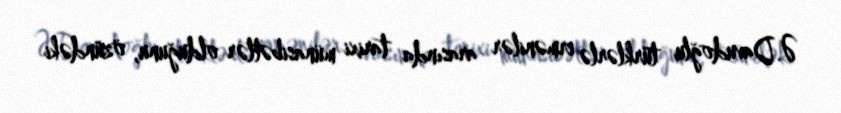
Ə.Davudoğlu türklərlə ermənilər arasında tarixi münasibətlər olduğunu, özündəki